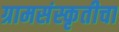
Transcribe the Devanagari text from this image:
ग्रामसंस्कृतीचा